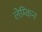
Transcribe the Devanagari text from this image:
लेम्किन